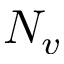
N _ { v }